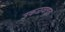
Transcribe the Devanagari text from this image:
उकळवतात